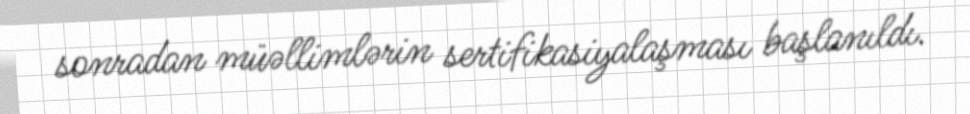
sonradan müəllimlərin sertifikasiyalaşması başlanıldı.